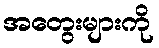
အတွေးများကို